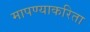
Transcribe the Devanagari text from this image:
मापण्याकरिता